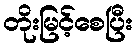
တိုးမြင့်စေပြီး